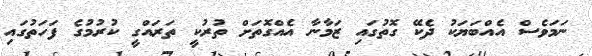
ނަމަވެސް އެއްބަޔަކު ދެކޭ ގޮތުގައި ޒަމާނާ އެއްގޮތަށް ތުރުކީ ތަރައްގީ ކުރުމުގެ ފަހަތުގައި